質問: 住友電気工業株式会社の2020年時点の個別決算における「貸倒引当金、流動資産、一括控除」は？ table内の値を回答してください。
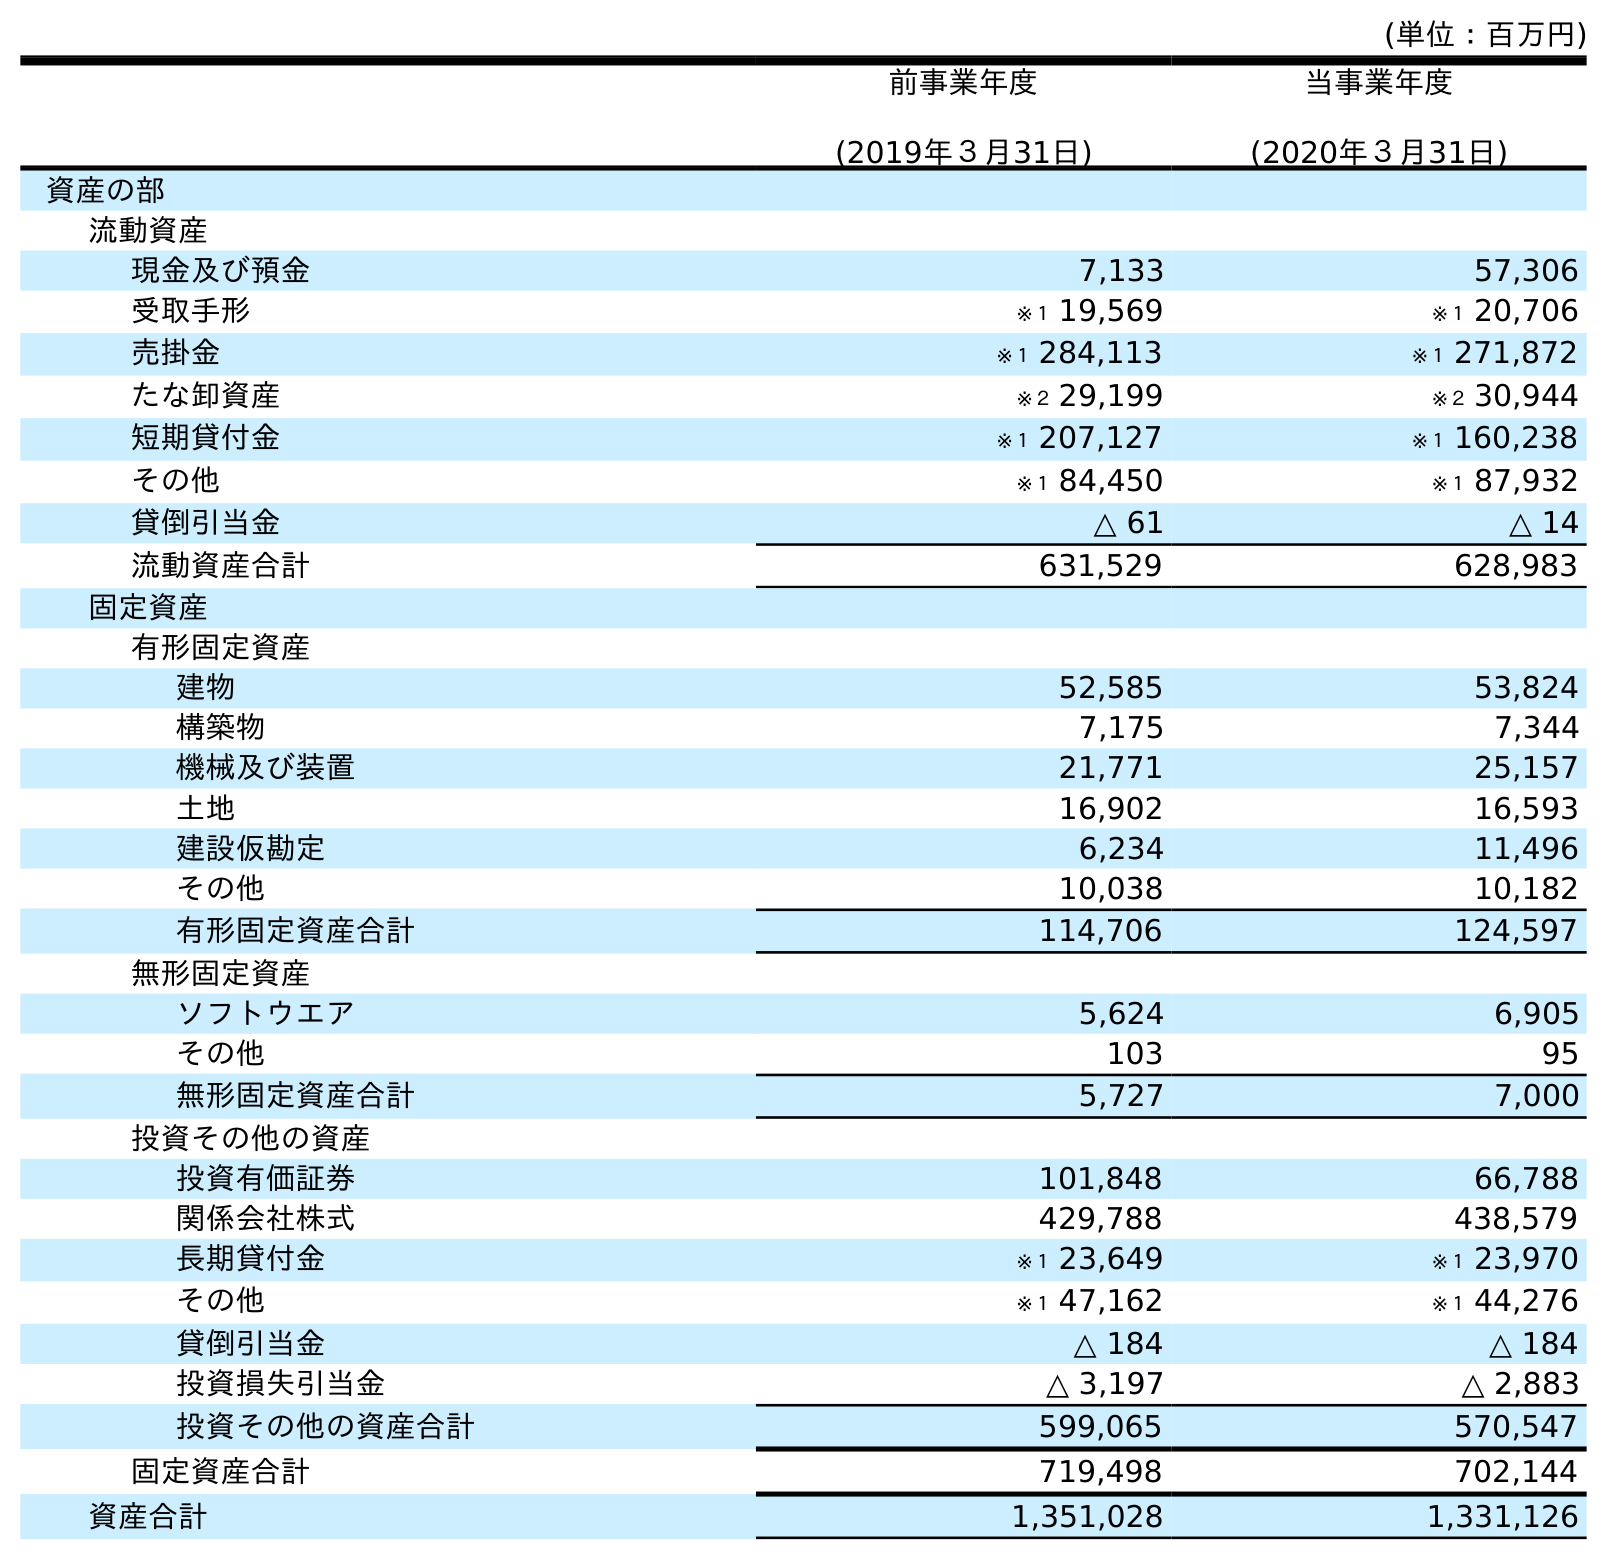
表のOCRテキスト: (単位：百万円) 前事業年度 (2019年３月31日) 当事業年度 (2020年３月31日) 資産の部 流動資産 現金及び預金 7,133 57,306 受取手形 ※１ 19,569 ※１ 20,706 売掛金 ※１ 284,113 ※１ 271,872 たな卸資産 ※２ 29,199 ※２ 30,944 短期貸付金 ※１ 207,127 ※１ 160,238 その他 ※１ 84,450 ※１ 87,932 貸倒引当金 △ 61 △ 14 流動資産合計 631,529 628,983 固定資産 有形固定資産 建物 52,585 53,824 構築物 7,175 7,344 機械及び装置 21,771 25,157 土地 16,902 16,593 建設仮勘定 6,234 11,496 その他 10,038 10,182 有形固定資産合計 114,706 124,597 無形固定資産 ソフトウエア 5,624 6,905 その他 103 95 無形固定資産合計 5,727 7,000 投資その他の資産 投資有価証券 101,848 66,788 関係会社株式 429,788 438,579 長期貸付金 ※１ 23,649 ※１ 23,970 その他 ※１ 47,162 ※１ 44,276 貸倒引当金 △ 184 △ 184 投資損失引当金 △ 3,197 △ 2,883 投資その他の資産合計 599,065 570,547 固定資産合計 719,498 702,144 資産合計 1,351,028 1,331,126
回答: △14